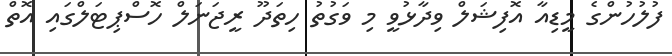
ފުލުހުންގެ މީޑިއާ އޮފިޝަލް ވިދާޅުވީ މި ވަގުތު ހިތަދޫ ރީޖަނަލް ހޮސްޕިޓަލްގައި އޮތް